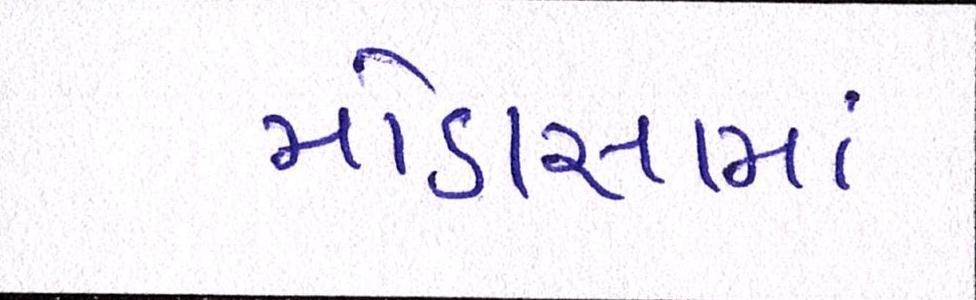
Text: મોડાસામાં